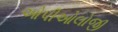
ઓપીઓલોજી